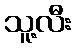
သူ့လီး